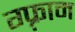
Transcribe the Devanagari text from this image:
ग्फ़्राम